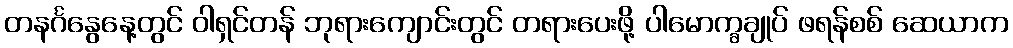
တနင်္ဂနွေနေ့တွင် ဝါရှင်တန် ဘုရားကျောင်းတွင် တရားပေးဖို့ ပါမောက္ခချုပ် ဖရန်စစ် ဆေယာက